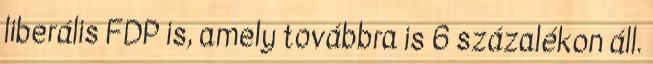
liberális FDP is, amely továbbra is 6 százalékon áll.